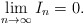
\begin{align*}\lim_{n\to\infty}I_n = 0.\end{align*}